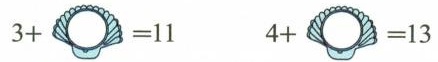
$$3 + = 1 1$$ $$4 + = 1 3$$